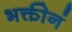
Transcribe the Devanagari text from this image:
भक्तीनं